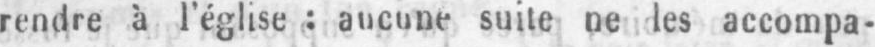
rendre à l’église: aucune suite ne les accompa-